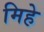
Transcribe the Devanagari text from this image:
मिहे